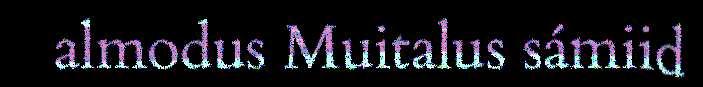
almodus Muitalus sámiid